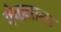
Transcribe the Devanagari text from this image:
पंचालाना